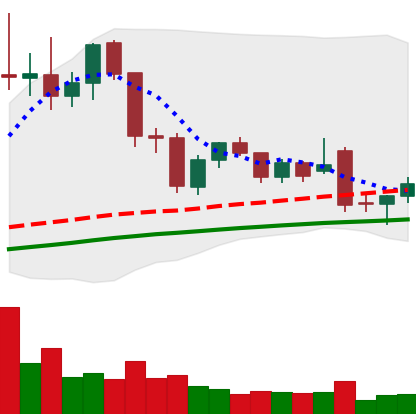
Ticker: LTC-USD
Chart end date: 2021-11-29
Forward return: -20.798%
Label: down_7plus